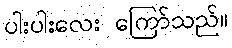
ပါးပါးလေး ကြော်သည်။